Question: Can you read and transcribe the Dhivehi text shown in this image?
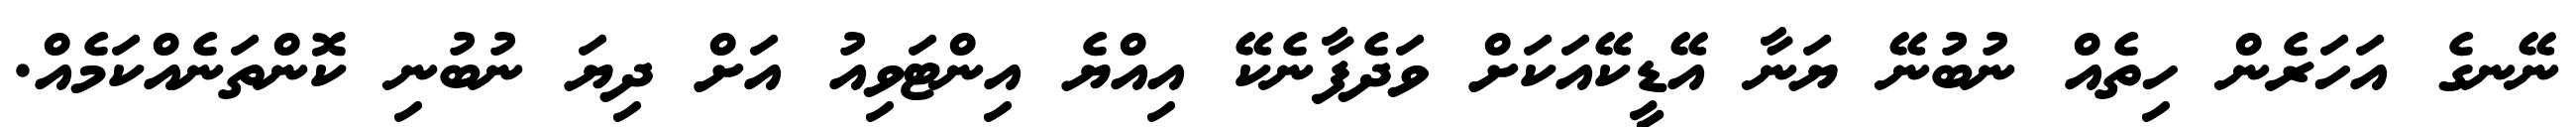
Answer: ނޭނގެ އަހަރެން ހިތެއް ނުބުނޭ ޔަނާ އޭޑީކޭއަކަށް ވަދެފާނެކޭ އިއްޔެ އިންޓަވިއު އަށް ދިޔަ ނުބުނި ކޮންތަނެއްކަމެއް.